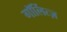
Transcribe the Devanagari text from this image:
गॉर्लित्ज़